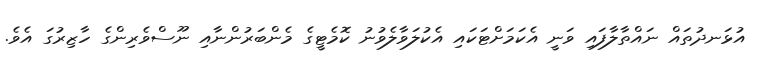
އުޅަނދުތައް ނައްތާލާފައި ވަނީ އެކަމަށްޓަކައި އެކުލަވާލެވުނު ކޮމެޓީގެ މެންބަރުންނާއި ނޫސްވެރިންގެ ހާޒިރުގަ އެވެ.